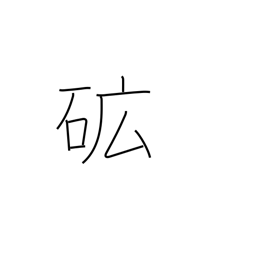
Meaning: ore